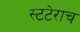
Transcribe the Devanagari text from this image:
स्टटेराच